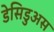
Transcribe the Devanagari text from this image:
डेसिडुअस